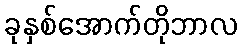
ခုနှစ်အောက်တိုဘာလ